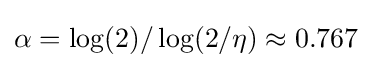
\alpha =\log(2)/\log(2/\eta )\approx 0.767